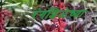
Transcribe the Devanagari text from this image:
रंगशिळेच्या